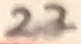
Text: 22